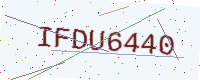
Text: IFDU6440